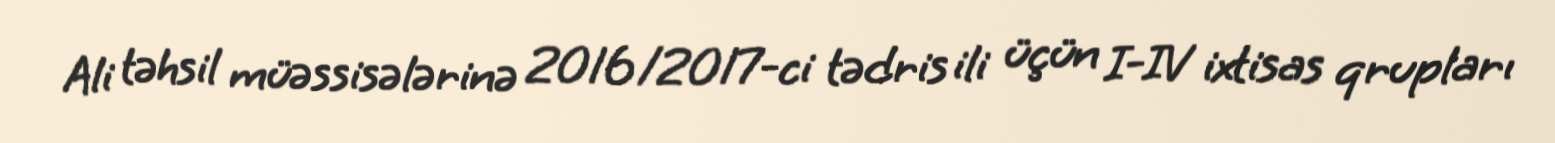
Ali təhsil müəssisələrinə 2016/2017-ci tədris ili üçün I-IV ixtisas qrupları